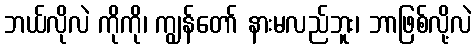
ဘယ်လိုလဲ ကိုကို၊ ကျွန်တော် နားမလည်ဘူး၊ ဘာဖြစ်လို့လဲ